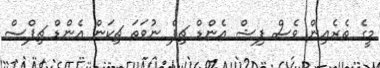
މީގެ ތެރެއިން ވެސް ފިޝް އެންޑް ޗިޕް ނުވަަތަ ޗިކަން އެންޑް ޗިޕްސް